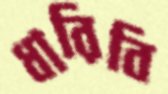
ধারিবি